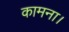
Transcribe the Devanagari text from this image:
कामना।